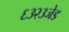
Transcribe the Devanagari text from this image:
६३२३जेड